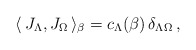
\begin{align*}\langle \, {J}_{\Lambda}, {J}_{\Omega} \,\rangle_{\beta} =c_{\Lambda}(\beta) \, \delta_{\Lambda \Omega} \,,\end{align*}